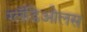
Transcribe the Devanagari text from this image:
ग्लॅडिओलस